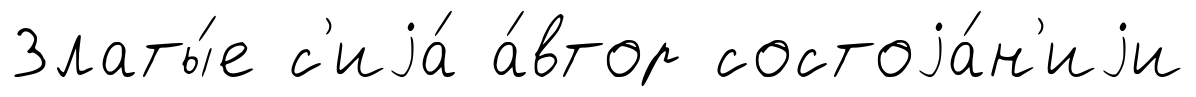
Златы́е с'иjа́ а́втор состоjа́н'иjи